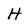
Character: H